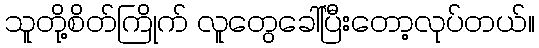
သူတို့စိတ်ကြိုက် လူတွေခေါ်ပြီးတော့လုပ်တယ်။